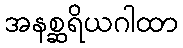
အနစ္ဆရိယဂါထာ